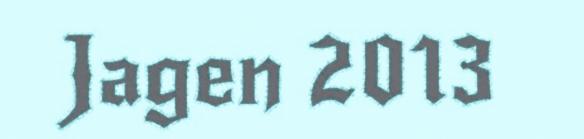
Jagen 2013